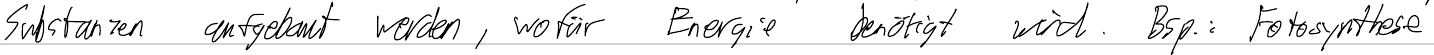
Substanzen aufgebaut werden, wofür Energie benötigt wird. Bsp.: Fotosynthese